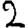
Digit: 2